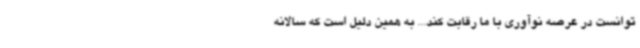
توانست در عرصه نوآوری با ما رقابت کند... به همین دلیل است که سالانه